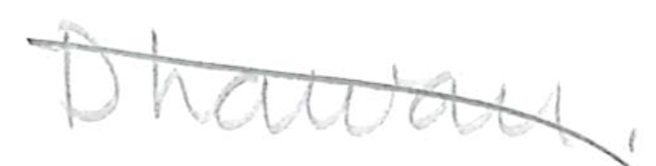
Text: Dhawan.
Cross-out: mix
Writing tool: pencil